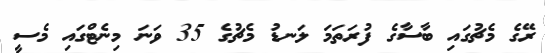
ރޭގެ މެޗުގައި ބާސާގެ ފުރަތަމަ ލަނޑު މެޗުގެ 35 ވަނަ މިނެޓްގައި މެސީ